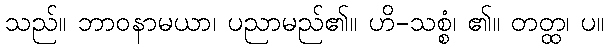
သည်။ ဘာဝနာမယာ၊ ပညာမည်၏။ ဟိ-သစ္စံ၊ ၏။ တတ္ထ၊ ပ။